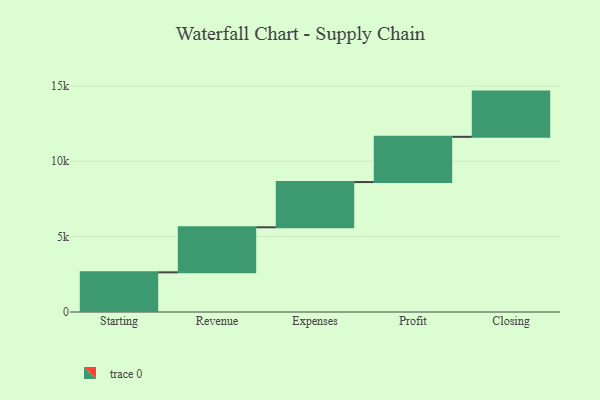
{"axis": {"x": "Step", "y": "Value"}, "legend": [""], "data": [{"x": "Starting", "y": 2632.0, "type": ""}, {"x": "Revenue", "y": 2988.0, "type": ""}, {"x": "Expenses", "y": 3000, "type": ""}, {"x": "Profit", "y": 3000, "type": ""}, {"x": "Closing", "y": 3000, "type": ""}]}